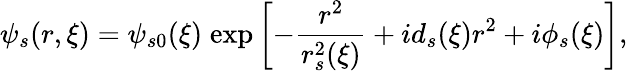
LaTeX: \psi_{s}(r,\xi)=\psi_{s0}(\xi)\; \mathrm{exp}\left[-\frac{r^{2}}{r_{s}^{2}(\xi)}+id_{s}(\xi)r^{2}+i\phi_{s}(\xi)\right],